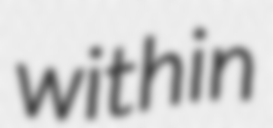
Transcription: within